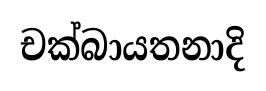
චක්බායතනාදි